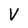
Character: V